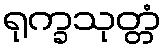
ရုက္ခသုတ္တံ